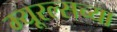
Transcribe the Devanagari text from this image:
म्यूरल्सच्या